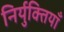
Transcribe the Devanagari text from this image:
निर्युक्तियाँ